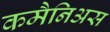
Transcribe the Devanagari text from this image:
कमैनिअस